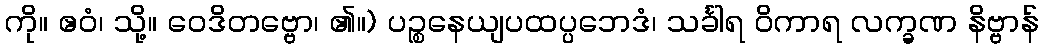
ကို။ ဧဝံ၊ သို့။ ဝေဒိတဗ္ဗော၊ ၏။) ပဉ္စနေယျပထပ္ပဘေဒံ၊ သင်္ခါရ ဝိကာရ လက္ခဏ နိဗ္ဗာန်